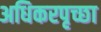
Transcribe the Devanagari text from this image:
अधिकरपृच्छा